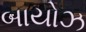
બાયોઝ